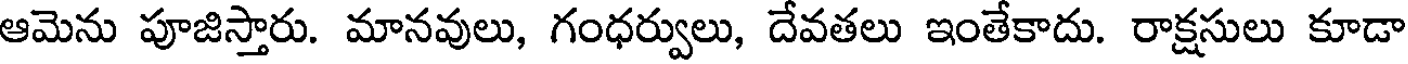
ఆమెను పూజిస్తారు. మానవులు, గంధర్వులు, దేవతలు ఇంతేకాదు. రాక్షసులు కూడా